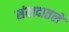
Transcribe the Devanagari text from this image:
संवादातले